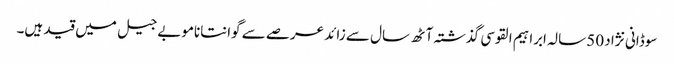
سوڈانی نژاد 50 سالہ ابراہیم القوسی گذشتہ آٹھ سال سے زائد عرصے سے گوانتاناموبے جیل میں قید ہیں۔